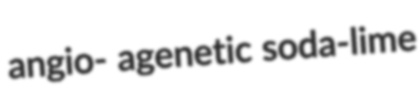
angio- agenetic soda-lime